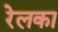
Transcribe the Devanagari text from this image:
रेलका